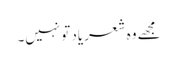
مجھے وہ شعر یاد تو نہیں۔